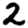
Digit: 2